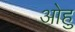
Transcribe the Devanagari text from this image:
ओहु